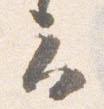
云